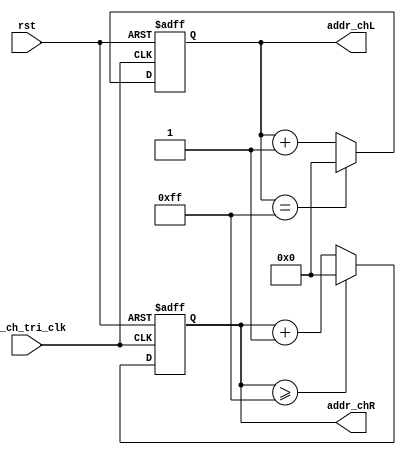
module rom_data_tri (
    input lr_ch_tri_clk,
    input rst,
    output reg [7:0] addr_chL,
    output reg [7:0] addr_chR
);
    always @(posedge lr_ch_tri_clk or posedge rst) begin
        if (rst) begin
            addr_chL <= 8'd0;
        end else begin
            if (addr_chL == 8'd255) begin
                addr_chL <= 8'd0;
            end else begin
                addr_chL <= addr_chL + 1'b1;
            end
        end
    end

    always @(negedge lr_ch_tri_clk or posedge rst) begin
        if (rst) begin
            addr_chR <= 8'd0;
        end else begin
            if (addr_chR >= 8'd255) begin
                addr_chR <= 8'd0;
            end else begin
                addr_chR <= addr_chR + 1'b1;
            end
        end
    end

endmodule